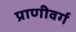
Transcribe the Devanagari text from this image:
प्राणीवर्ग